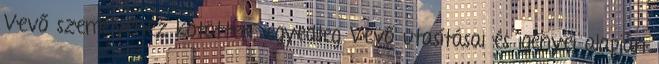
Vevő személyéhez kötötten, egyedileg Vevő utasításai és igényei alapján